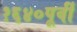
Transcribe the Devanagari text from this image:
१६४०पूर्वी